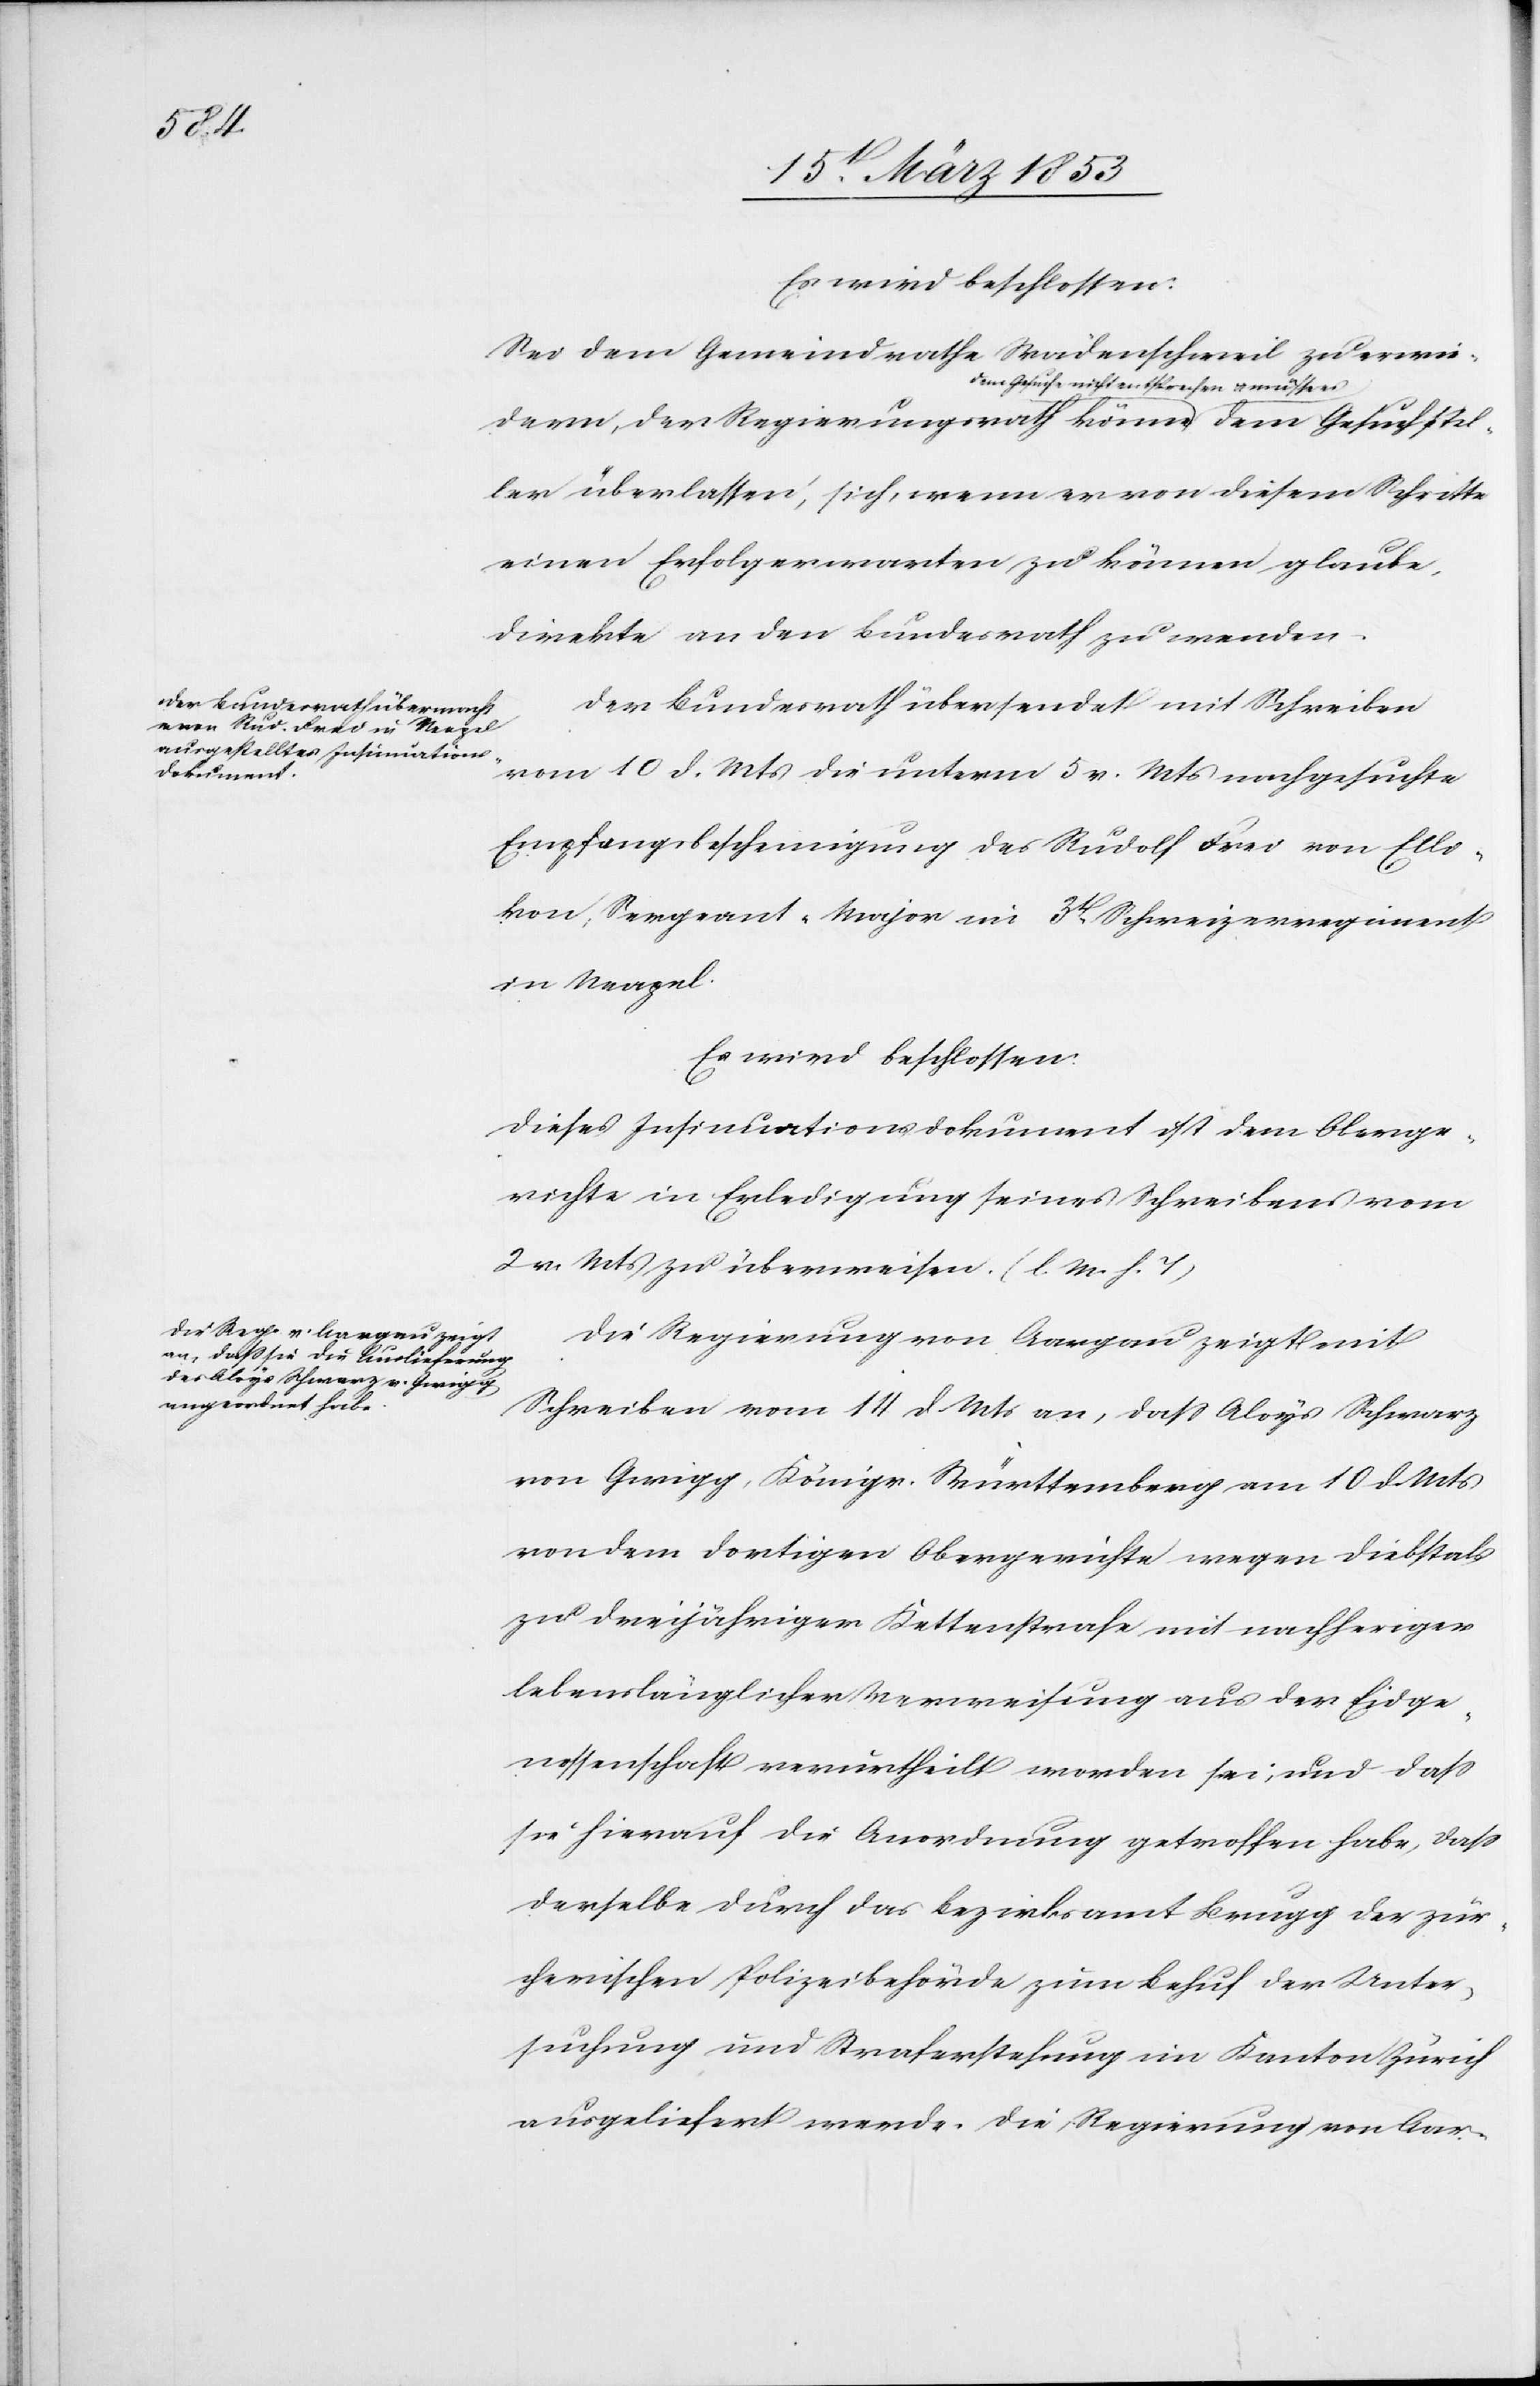
Gesuchstel¬

Es wird beschlossen:
Sei dem Gemeindrathe Wädenschweil zu erwie¬
dern, der Regierungsrath könne dem Gesuch nicht
ler überlassen, sich, wenn er von diesem Schritte
einen Erfolg erwarten zu können glaube,
direkte an den Bundesrath zu wenden.
Der Bundesrath übersendet mit Schreiben
vom 10 d. Mts. die unterm 5 v. Mts. nachgesuchte
Empfangsbescheinigung des Rudolf Frei von Elli¬
kon, Sergeant-Major im 3t. Schweizerregiment
von Neapel.
Es wird beschlossen:
Dieses Insinuationsdokument ist dem Oberge¬
richte in Erledigung seines Schreibens vom
2 v. Mts. überwiesen. [l. M. h. T]
Die Regierung von Aargau zeigt mit
Schreiben vom 14 d. Mts. an, daß Aloys Schwarz
von Gwigg, Königreich Württemberg am 10 d. Mts.
von dem dortigen Obergerichte wegen Diebstals
zu dreijähriger Kettenstrafe mit nachheriger
lebenslänglicher Verweisung aus der Eidge¬
nossenschaft verurtheilt worden sei, und daß
sie hierauf die Anordnung getroffen habe, daß
derselbe durch das Bezirksamt Brugg der zür¬
cherischen Polizeibehörde zum Behuf der Unter¬
suchung und Straferstehung im Kanton Zürich
ausgeliefert werde. Die Regierung von Aar-